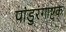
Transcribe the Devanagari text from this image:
पांडुरंगाष्ट्क